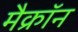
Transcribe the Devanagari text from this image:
मैक्रॉन